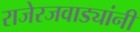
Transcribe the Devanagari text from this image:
राजेरजवाड्यांनी